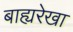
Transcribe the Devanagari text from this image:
बाह्यरेखा